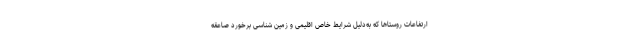
ارتفاعات روستاها که به‌دلیل شرایط خاص اقلیمی و زمین شناسی برخورد صاعقه